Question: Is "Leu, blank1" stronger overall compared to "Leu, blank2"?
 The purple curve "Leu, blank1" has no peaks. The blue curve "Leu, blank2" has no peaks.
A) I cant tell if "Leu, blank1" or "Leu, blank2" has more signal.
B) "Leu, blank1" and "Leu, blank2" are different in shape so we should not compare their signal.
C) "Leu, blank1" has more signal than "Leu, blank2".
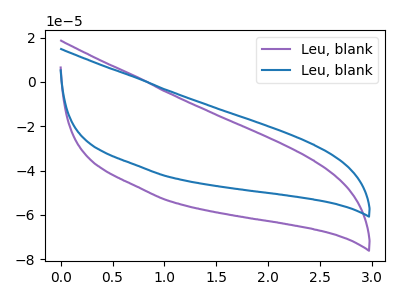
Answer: <think>Neither "Leu, blank1" or "Leu, blank2" have any peaks.
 </think>
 <answer>A) I cant tell if "Leu, blank1" or "Leu, blank2" has more signal.</answer>
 <eval>A</eval>